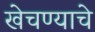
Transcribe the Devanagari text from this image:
खेचण्याचे